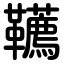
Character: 韉